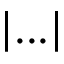
| . . . |